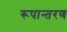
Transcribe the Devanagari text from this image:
रूपान्‍तरण